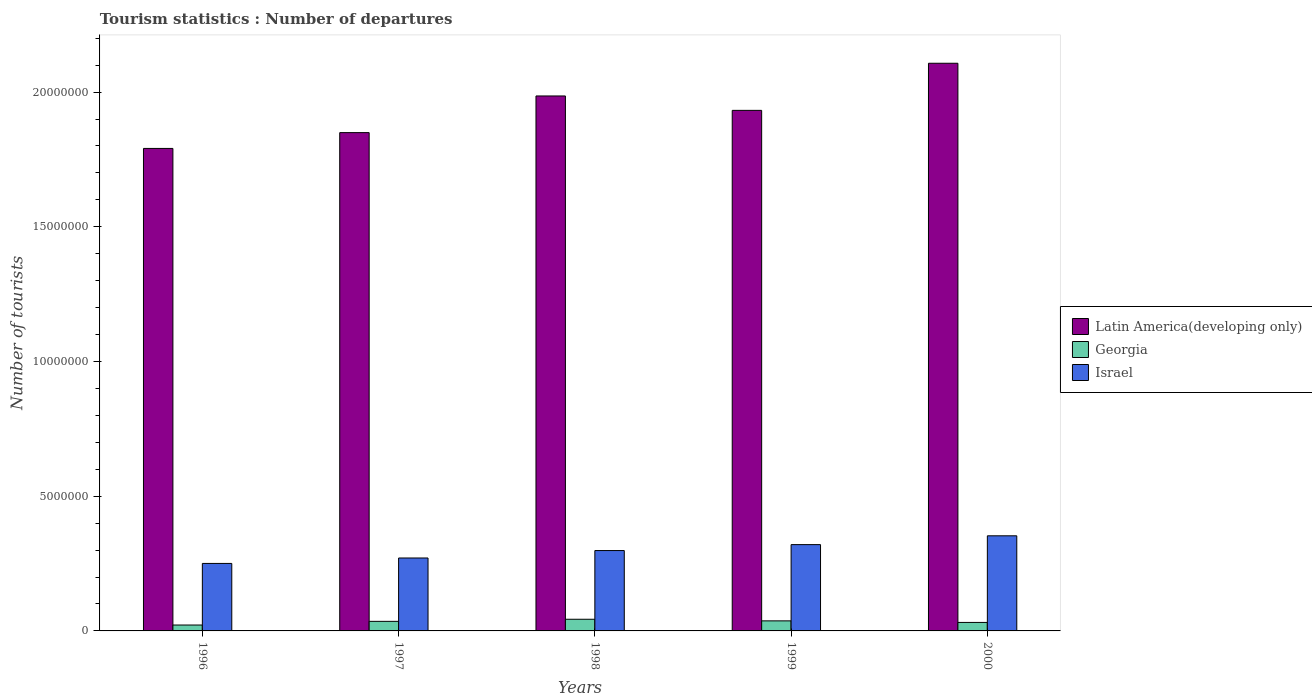
| Years | Latin America(developing only) | Georgia | Israel |
 | --- | --- | --- | --- |
 | 1996 | 1.79e+07 | 2.19e+05 | 2.50e+06 |
 | 1997 | 1.85e+07 | 3.55e+05 | 2.71e+06 |
 | 1998 | 1.99e+07 | 4.33e+05 | 2.98e+06 |
 | 1999 | 1.93e+07 | 3.73e+05 | 3.2e+06 |
 | 2000 | 2.11e+07 | 3.15e+05 | 3.53e+06 |